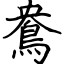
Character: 鴦